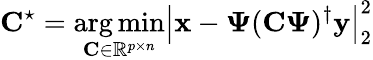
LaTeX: \mathbf{C}^{\star}=\underset{\mathbf{C}\in\mathbb{R}^{p\times n}}{\arg\operatorname*{min}}\left|\mathbf{x}-\mathbf{\Psi}(\mathbf{C\Psi})^{\dagger}\mathbf{y}\right|_{2}^{2}